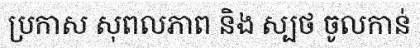
ប្រកាស សុពលភាព និង ស្បថ ចូលកាន់